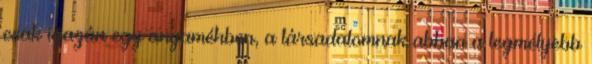
csak igazán egy anyaméhben, a társadalomnak abban a legmélyebb